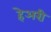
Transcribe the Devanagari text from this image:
हेअरी